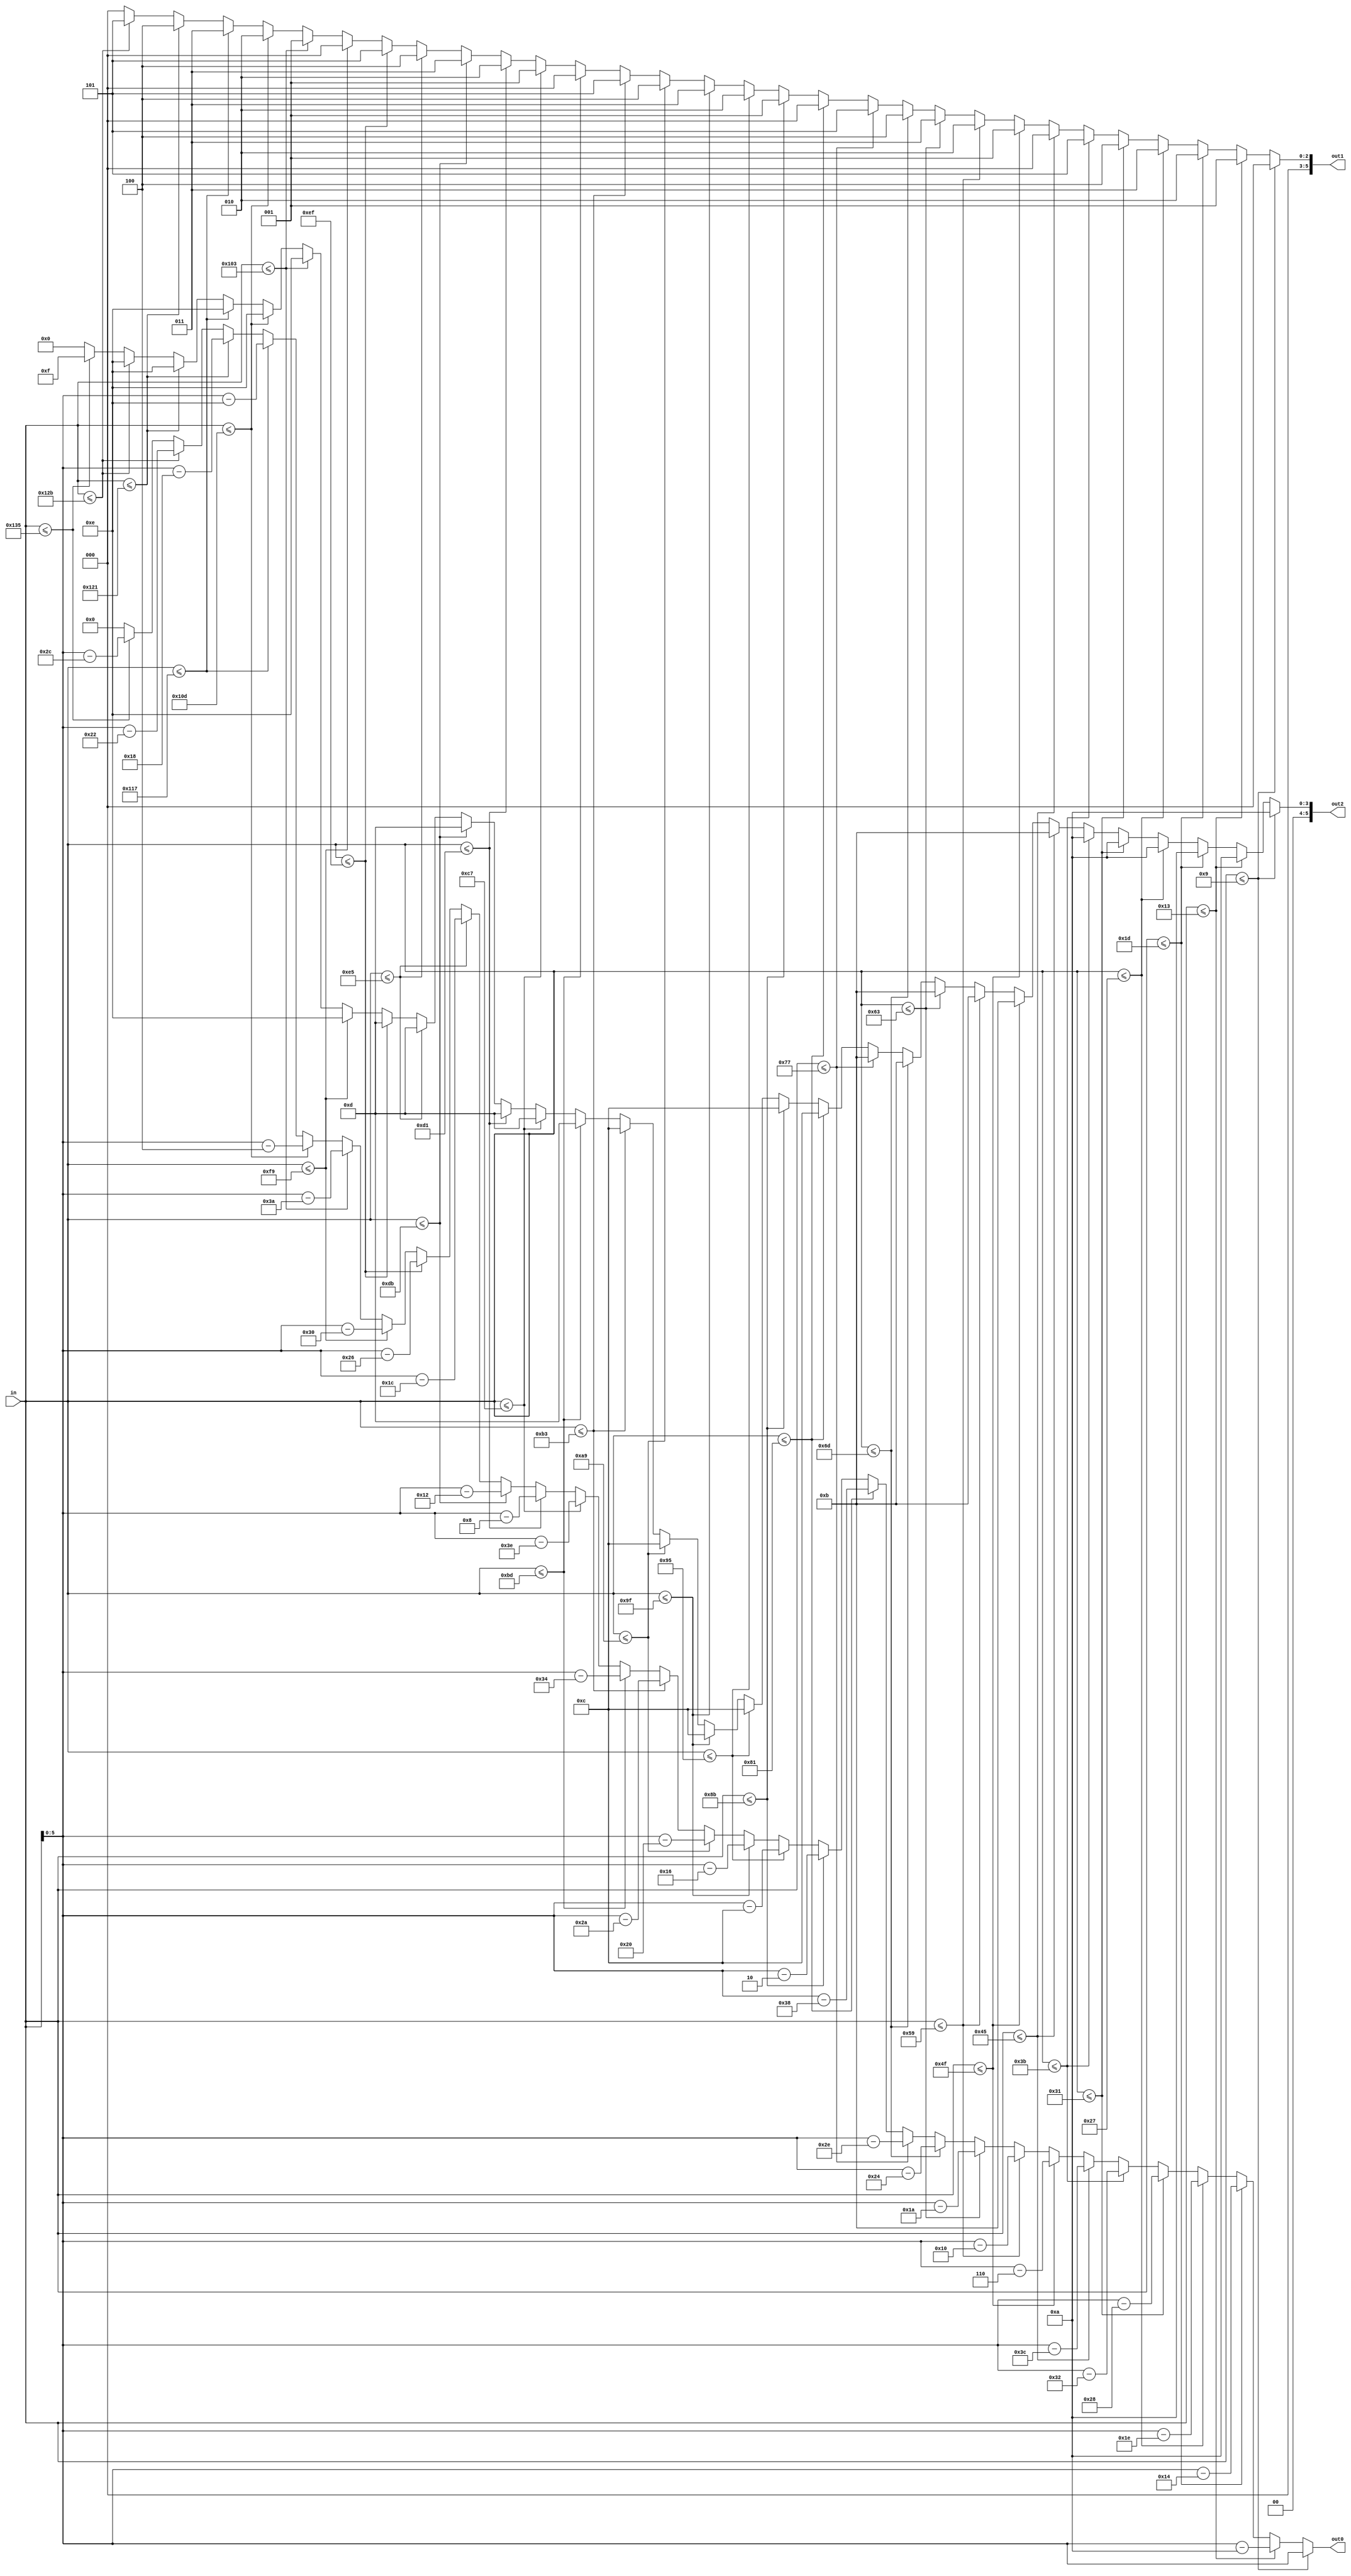
/*
   This file was generated automatically by the Mojo IDE version B1.3.6.
   Do not edit this file directly. Instead edit the original Lucid source.
   This is a temporary file and any changes made to it will be destroyed.
*/

module time_digit_8 (
    input [8:0] in,
    output reg [5:0] out2,
    output reg [5:0] out1,
    output reg [5:0] out0
  );
  
  
  
  always @* begin
    if (in <= 4'h9) begin
      out2 = 6'h0a;
      out1 = 6'h00;
      out0 = in[0+5-:6];
    end else begin
      if (in <= 5'h13) begin
        out2 = 6'h0a;
        out1 = 6'h01;
        out0 = in - 4'ha;
      end else begin
        if (in <= 5'h1d) begin
          out2 = 6'h0a;
          out1 = 6'h02;
          out0 = in - 5'h14;
        end else begin
          if (in <= 6'h27) begin
            out2 = 6'h0a;
            out1 = 6'h03;
            out0 = in - 5'h1e;
          end else begin
            if (in <= 6'h31) begin
              out2 = 6'h0a;
              out1 = 6'h04;
              out0 = in - 6'h28;
            end else begin
              if (in <= 6'h3b) begin
                out2 = 6'h0a;
                out1 = 6'h05;
                out0 = in - 6'h32;
              end else begin
                if (in <= 7'h45) begin
                  out2 = 6'h0b;
                  out1 = 6'h00;
                  out0 = in - 6'h3c;
                end else begin
                  if (in <= 7'h4f) begin
                    out2 = 6'h0b;
                    out1 = 6'h01;
                    out0 = in - 7'h46;
                  end else begin
                    if (in <= 7'h59) begin
                      out2 = 6'h0b;
                      out1 = 6'h02;
                      out0 = in - 7'h50;
                    end else begin
                      if (in <= 7'h63) begin
                        out2 = 6'h0b;
                        out1 = 6'h03;
                        out0 = in - 7'h5a;
                      end else begin
                        if (in <= 7'h6d) begin
                          out2 = 6'h0b;
                          out1 = 6'h04;
                          out0 = in - 7'h64;
                        end else begin
                          if (in <= 7'h77) begin
                            out2 = 6'h0b;
                            out1 = 6'h05;
                            out0 = in - 7'h6e;
                          end else begin
                            if (in <= 8'h81) begin
                              out2 = 6'h0c;
                              out1 = 6'h00;
                              out0 = in - 7'h78;
                            end else begin
                              if (in <= 8'h8b) begin
                                out2 = 6'h0c;
                                out1 = 6'h01;
                                out0 = in - 8'h82;
                              end else begin
                                if (in <= 8'h95) begin
                                  out2 = 6'h0c;
                                  out1 = 6'h02;
                                  out0 = in - 8'h8c;
                                end else begin
                                  if (in <= 8'h9f) begin
                                    out2 = 6'h0c;
                                    out1 = 6'h03;
                                    out0 = in - 8'h96;
                                  end else begin
                                    if (in <= 8'ha9) begin
                                      out2 = 6'h0c;
                                      out1 = 6'h04;
                                      out0 = in - 8'ha0;
                                    end else begin
                                      if (in <= 8'hb3) begin
                                        out2 = 6'h0c;
                                        out1 = 6'h05;
                                        out0 = in - 8'haa;
                                      end else begin
                                        if (in <= 8'hbd) begin
                                          out2 = 6'h0d;
                                          out1 = 6'h00;
                                          out0 = in - 8'hb4;
                                        end else begin
                                          if (in <= 8'hc7) begin
                                            out2 = 6'h0d;
                                            out1 = 6'h01;
                                            out0 = in - 8'hbe;
                                          end else begin
                                            if (in <= 8'hd1) begin
                                              out2 = 6'h0d;
                                              out1 = 6'h02;
                                              out0 = in - 8'hc8;
                                            end else begin
                                              if (in <= 8'hdb) begin
                                                out2 = 6'h0d;
                                                out1 = 6'h03;
                                                out0 = in - 8'hd2;
                                              end else begin
                                                if (in <= 8'he5) begin
                                                  out2 = 6'h0d;
                                                  out1 = 6'h04;
                                                  out0 = in - 8'hdc;
                                                end else begin
                                                  if (in <= 8'hef) begin
                                                    out2 = 6'h0d;
                                                    out1 = 6'h05;
                                                    out0 = in - 8'he6;
                                                  end else begin
                                                    if (in <= 8'hf9) begin
                                                      out2 = 6'h0e;
                                                      out1 = 6'h00;
                                                      out0 = in - 8'hf0;
                                                    end else begin
                                                      if (in <= 9'h103) begin
                                                        out2 = 6'h0e;
                                                        out1 = 6'h01;
                                                        out0 = in - 8'hfa;
                                                      end else begin
                                                        if (in <= 9'h10d) begin
                                                          out2 = 6'h0e;
                                                          out1 = 6'h02;
                                                          out0 = in - 9'h104;
                                                        end else begin
                                                          if (in <= 9'h117) begin
                                                            out2 = 6'h0e;
                                                            out1 = 6'h03;
                                                            out0 = in - 9'h10e;
                                                          end else begin
                                                            if (in <= 9'h121) begin
                                                              out2 = 6'h0e;
                                                              out1 = 6'h04;
                                                              out0 = in - 9'h118;
                                                            end else begin
                                                              if (in <= 9'h12b) begin
                                                                out2 = 6'h0e;
                                                                out1 = 6'h05;
                                                                out0 = in - 9'h122;
                                                              end else begin
                                                                if (in <= 9'h135) begin
                                                                  out2 = 6'h0f;
                                                                  out1 = 6'h00;
                                                                  out0 = in - 9'h12c;
                                                                end else begin
                                                                  out2 = 1'h0;
                                                                  out1 = 1'h0;
                                                                  out0 = 1'h0;
                                                                end
                                                              end
                                                            end
                                                          end
                                                        end
                                                      end
                                                    end
                                                  end
                                                end
                                              end
                                            end
                                          end
                                        end
                                      end
                                    end
                                  end
                                end
                              end
                            end
                          end
                        end
                      end
                    end
                  end
                end
              end
            end
          end
        end
      end
    end
  end
endmodule